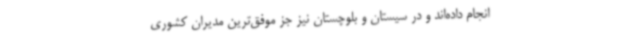
انجام داده‌اند و در سیستان و بلوچستان نیز جز موفق‌ترین مدیران کشوری